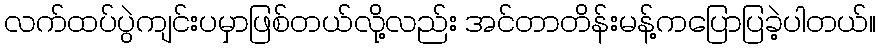
လက်ထပ်ပွဲကျင်းပမှာဖြစ်တယ်လို့လည်း အင်တာတိန်းမန့်ကပြောပြခဲ့ပါတယ်။